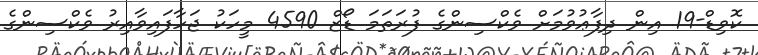
ކޮވިޑް-19 އިން ދިފާޢުވުމަށް ވެކްސިންގެ ފުރަތަމަ ޑޯޒް 4590 މީހަކު ޖަހާފައިވާއިރު ވެކްސިންގެ